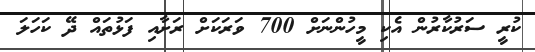
ކުރީ ސަރުކާރުން އެކި މީހުންނަށް 700 ވަރަކަށް ރަށާއި ފަޅުތައް ދޭ ކަހަލަ